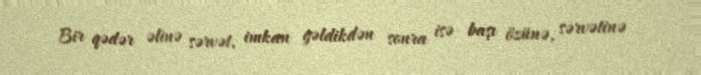
Bir qədər əlinə sərvət, imkan gəldikdən sonra isə başı özünə, sərvətinə